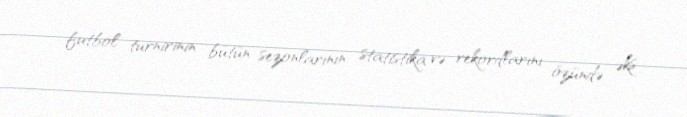
futbol turnirinin bütün sezonlarının statistika və rekordlarını özündə əks